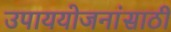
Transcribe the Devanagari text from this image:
उपाययोजनांसाठी